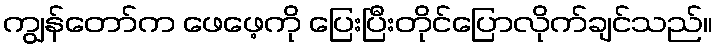
ကျွန်တော်က ဖေဖေ့ကို ပြေးပြီးတိုင်ပြောလိုက်ချင်သည်။